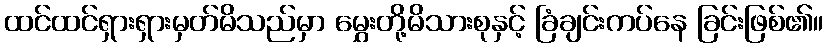
ထင်ထင်ရှားရှားမှတ်မိသည်မှာ မွှေးတို့မိသားစုနှင့် ခြံချင်းကပ်နေ ခြင်းဖြစ်၏။